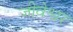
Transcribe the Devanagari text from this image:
जीवेश्वर